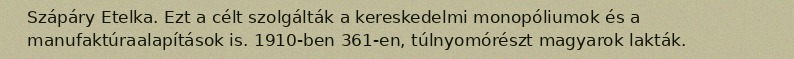
Szápáry Etelka. Ezt a célt szolgálták a kereskedelmi monopóliumok és a manufaktúraalapítások is. 1910-ben 361-en, túlnyomórészt magyarok lakták.